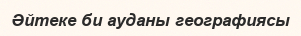
Әйтеке би ауданы географиясы